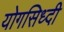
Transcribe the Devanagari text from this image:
योगसिध्दी